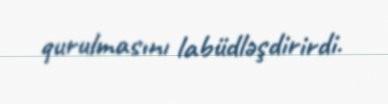
qurulmasını labüdləşdirirdi.